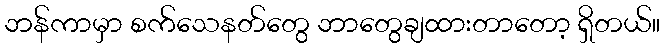
ဘန်ကာမှာ စက်သေနတ်တွေ ဘာတွေချထားတာတော့ ရှိတယ်။